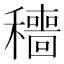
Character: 穯